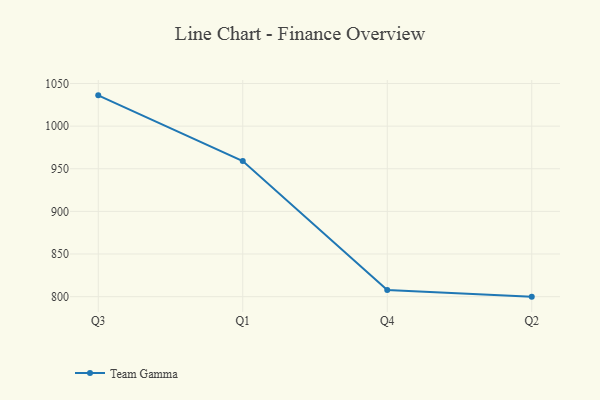
{"axis": {"x": "Quarter", "y": "Latency (ms)"}, "legend": ["Team Gamma"], "data": [{"x": "Q3", "y": 1036.1, "type": "Team Gamma"}, {"x": "Q1", "y": 959.0, "type": "Team Gamma"}, {"x": "Q4", "y": 807.8, "type": "Team Gamma"}, {"x": "Q2", "y": 800, "type": "Team Gamma"}]}